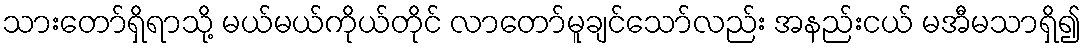
သားတော်ရှိရာသို့ မယ်မယ်ကိုယ်တိုင် လာတော်မူချင်သော်လည်း အနည်းငယ် မအီမသာရှိ၍